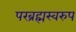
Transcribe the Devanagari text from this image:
परब्रह्मस्वरुप